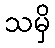
သမှိ